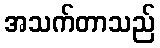
အသက်တာသည်